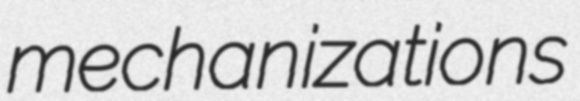
mechanizations